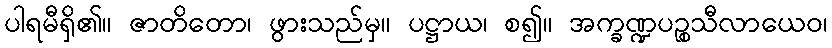
ပါရမီရှိ၏။ ဇာတိတော၊ ဖွားသည်မှ။ ပဋ္ဌာယ၊ စ၍။ အက္ခဏ္ဍပဉ္စသီလာယေဝ၊